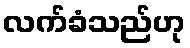
လက်ခံသည်ဟု